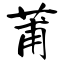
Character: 莆